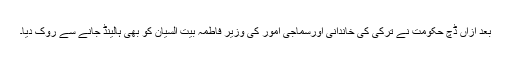
بعد ازاں ڈچ حکومت نے ترکی کی خاندانی اورسماجی امور کی وزیر فاطمہ بیت السیان کو بھی ہالینڈ جانے سے روک دیا۔